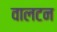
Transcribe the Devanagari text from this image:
वालटन